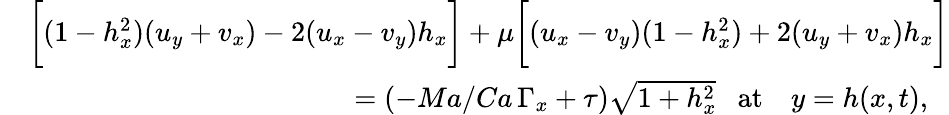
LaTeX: \begin{array}{rl}&{\biggl[(1-h_{x}^{2})(u_{y}+v_{x})-2(u_{x}-v_{y})h_{x}\biggr]+\mu\biggl[(u_{x}-v_{y})(1-h_{x}^{2})+2(u_{y}+v_{x})h_{x}\biggr]}\\ &{~~~~~~~~~~~~~~~~~~~~~~~~~~~~~~~~~~~~~~~~~~~~~=(-Ma/Ca\, \Gamma_{x}+\tau)\sqrt{1+h_{x}^{2}}~~~\mathrm{at}~~~~y=h(x,t),}\end{array}